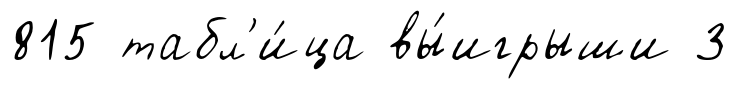
815 табл'и́ца вы́игрыши 3